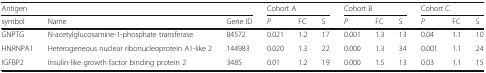
| <COLSPAN=3> Antigen | <COLSPAN=3> Cohort A | <COLSPAN=3> Cohort B | <COLSPAN=3> Cohort C |
 | symbol | Name | Gene ID | P | FC | S | P | FC | S | P | FC | S |
 | --- | --- | --- | --- | --- | --- | --- | --- | --- | --- | --- | --- |
 | GNPTG | N-acetylglucosamine-1-phosphate transferase | 84572 | 0.021 | 1.2 | 17 | 0.001 | 1.3 | 13 | 0.04 | 1.1 | 10 |
 | HNRNPA1 | Heterogeneous nuclear ribonucleoprotein A1-like 2 | 144983 | 0.020 | 1.3 | 22 | 0.000 | 1.3 | 34 | 0.001 | 1.1 | 24 |
 | IGFBP2 | Insulin-like growth factor binding protein 2 | 3485 | 0.01 | 1.2 | 19 | 0.000 | 1.5 | 13 | 0.03 | 1.1 | 15 |